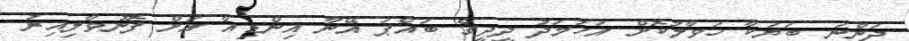
ދަންނަ ބަޔަކާ ހަވާލުކޮށް އަހުމަދު ދީދީގެ ބައްޕަ އޭނާ އިންޑިއާ އަށް ފޮނުވާލިއިރު